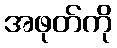
အဖုတ်ကို